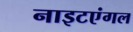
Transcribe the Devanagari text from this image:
नाइटएंगल